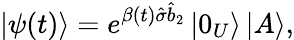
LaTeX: \left\vert\psi(t)\right\rangle=e^{\beta(t)\hat{\sigma}\hat{b}_{2}}\left\vert 0_{U}\right\rangle\left\vert A\right\rangle,